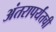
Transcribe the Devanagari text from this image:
अंतरापर्यंतची